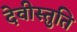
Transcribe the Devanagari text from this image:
देवीस्तुति